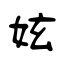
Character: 妶